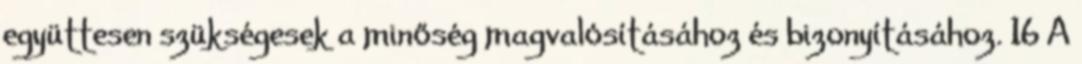
együttesen szükségesek a minőség magvalósításához és bizonyításához. 16 A